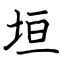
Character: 垣